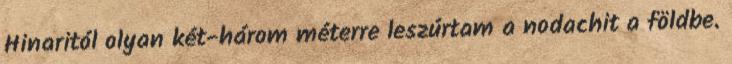
Hinaritól olyan két-három méterre leszúrtam a nodachit a földbe.